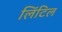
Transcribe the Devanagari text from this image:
लिंटिल